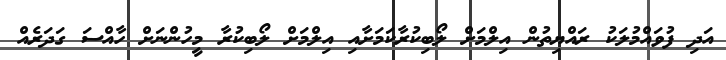
އަދި ފުވައްމުލަކު ރައްޔިތުން އިލްމަށް ލޯބިކުރާކަމަށާއި އިލްމަށް ލޯބިކުރާ މީހުންނަށް ހާއްސަ ގަދަރެއް